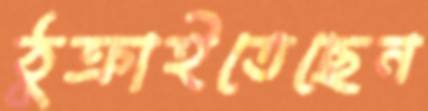
ঠুক্‌রাইতেছেন